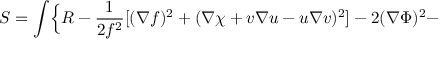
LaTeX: S = \int \Bigl \{ { \cal R } - \frac { 1 } { 2 f ^ { 2 } } [ ( \nabla f ) ^ { 2 } + ( \nabla \chi + v \nabla u - u \nabla v ) ^ { 2 } ] - 2 ( \nabla \Phi ) ^ { 2 } -